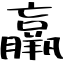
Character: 羸